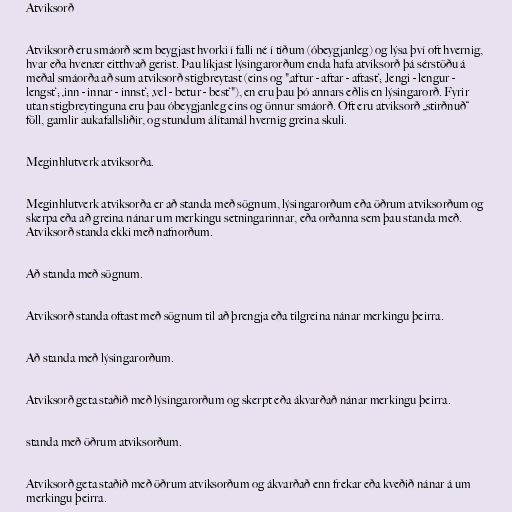
Atviksorð

Atviksorð eru smáorð sem beygjast hvorki í falli né í tíðum (óbeygjanleg) og lýsa því oft hvernig,
hvar eða hvenær eitthvað gerist. Þau líkjast lýsingarorðum enda hafa atviksorð þá sérstöðu á
meðal smáorða að sum atviksorð stigbreytast (eins og "‚aftur - aftar - aftast‘; ‚lengi - lengur -
lengst‘; ‚inn - innar - innst‘; ‚vel - betur - best‘"), en eru þau þó annars eðlis en lýsingarorð. Fyrir
utan stigbreytinguna eru þau óbeygjanleg eins og önnur smáorð. Oft eru atviksorð „stirðnuð“
föll, gamlir aukafallsliðir, og stundum álítamál hvernig greina skuli.

Meginhlutverk atviksorða.

Meginhlutverk atviksorða er að standa með sögnum, lýsingarorðum eða öðrum atviksorðum og
skerpa eða að greina nánar um merkingu setningarinnar, eða orðanna sem þau standa með.
Atviksorð standa ekki með nafnorðum.

Að standa með sögnum.

Atviksorð standa oftast með sögnum til að þrengja eða tilgreina nánar merkingu þeirra.

Að standa með lýsingarorðum.

Atviksorð geta staðið með lýsingarorðum og skerpt eða ákvarðað nánar merkingu þeirra.

standa með öðrum atviksorðum.

Atviksorð geta staðið með öðrum atviksorðum og ákvarðað enn frekar eða kveðið nánar á um
merkingu þeirra.